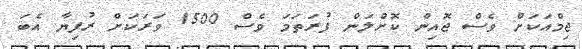
ޖިމްއަކަށް ވެސް ޖޮއިން ކޮށްލަން ފުރަތަމަ ވެސް 1500 ވަރަކަށް ރުފިޔާ އެބަ